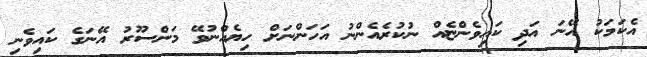
އެކަމަކު އޭނަ އަދި ކައިވެންޏެއް ނުކުރެއެންނު އަހަންނަށް ހިޔެއްނުވޭ މަންސޫރު އޭނަގެ ކައިވެނި